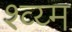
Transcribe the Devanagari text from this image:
श्व्य्म